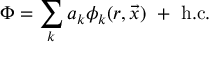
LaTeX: \Phi = \sum _ { k } a _ { k } \phi _ { k } ( r , \vec { x } ) \ + \ \mathrm { h . c . }